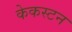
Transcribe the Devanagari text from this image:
केकस्टन